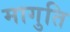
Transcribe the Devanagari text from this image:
मागुति